Vaccination in Bombay 1913-1923 - 1913-1923
Year: 1913
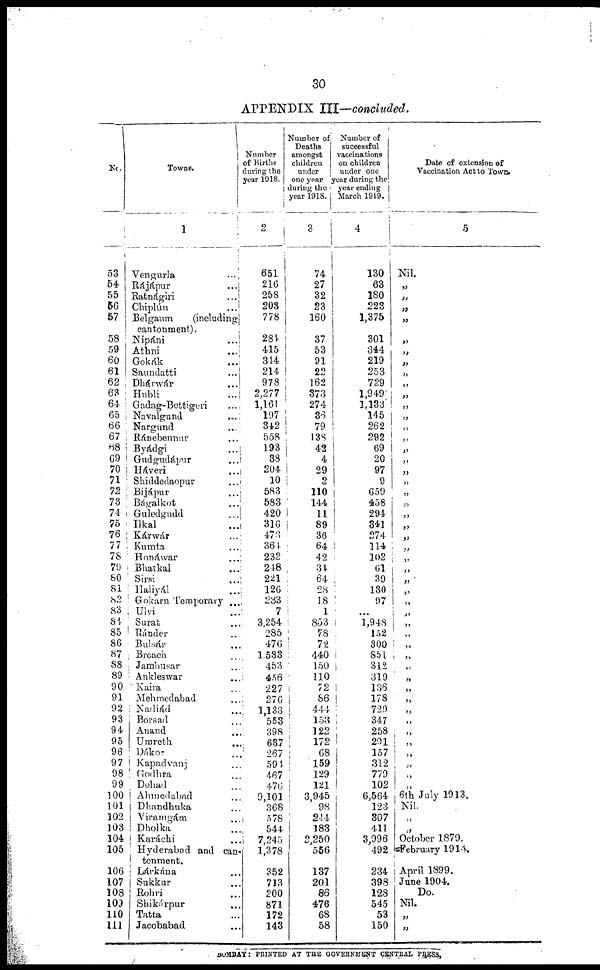
30
APPENDIX III—concluded.
No.
53
54
55
56
57
58
59
60
61
62
63
64
65
66
67
68
69
70
71
72
73
74
75
76
77
78
79
80
81
82
83
84
85
86
87
88
89
90
91
92
93
94
95
96
97
98
99
100
101
102
103
104
105
106
107
108
109
110
111
Towns.
1
Vengurla ...
Rájápur
...
Ratnágiri
...
Chiplún
...
Belgaum
(including
cantonment).
Nipáni ...
Athni
...
Gokák
...
Saundatti ...
Dhárwár ...
Hubli
...
Gadag-Bettigeri ...
Navalgund
...
Nargund ...
Ránebenur ...
Byádgi ...
Gudgudápur ...
Haveri ...
Shiddedaopur ...
Bijápur ...
Bágalkot ...
Guledgudd ...
Ilkal ...
Kárwár ...
Kumta ...
Honáwar ...
Bhatkal ...
Sirsi ...
Haliyál ...
Gokarn Temporary ...
Ulvi ...
Surat ...
Ránder ...
Bulsár ...
Broach ...
Jambusar
Ankleswar ...
Kaira ...
Mehmedabad ...
Nadiád ...
Borsad ...
Anand ...
Umreth ...
Dákor ...
Kapadvanj ...
Godhra ...
Dohad ...
Ahmedabad ...
Dhandhuka ...
Viramgám ...
Dholka ...
Karáchi ...
Hyderabad and can-
tonment.
Lárkána ...
Sukkur ...
Rohri ...
Shikárpur ...
Tatta ...
Jacobabad ...
Number
of Births
during the
year 1918.
2
651
216
258
203
778
284
415
344
214
978
2,277
1,161
197
342
558
193
38
204
10
583
583
420
316
473
361
232
248
221
126
233
7
3,254
285
476
1,533
453
456
227
276
1,133
553
398
637
267
591
467
476
9,101
368
578
544
7,245
1,378
352
713
200
871
172
143
Number of
Deaths
amongst
children
under
one year
during the
year 1918.
3
74 27
32
23
160
37
53
91
22
162
373
274
36
79
138
42
4
29
2
110
144
11
89
36
64
42
34
64
28
18
1
853
78
72
440
150
110
72
86
444
153
122
172
68
159
129
121
3,945
98
244
183
2,250
556
137
201
86
476
68
58
Number of
successful
vaccinations
on children
under one
year during the
year ending
March 1919.
4
130
63
180
223
1,375
301
344
219
253
729
1,949
1,133
145
262
292
69
20
97
9
659
458
294
341
274
114
102
61
39
130
97
...
1,948
152
300
851
312
319
136
178
729
347
258
291
157
312
779
102
6,564
123
307
411
3,996
492
234
398
128
545
53
150
Date of extension of
Vaccination Act to Town.
5
Nil.
„
„
„
„
„
„
„
„
„
„
„
„
„
„
„
„
„
„
„
„
„
„
„
„
„
„
„
„
„
„
„
„
„
„
„
„
„
„
„
„
„
„
„
„
„
„
6th July 1913.
Nil.
„
„
October 1879.
February 1914.
April 1899.
June 1904.
Do.
Nil.
„
„
BOMBAY: PRINTED AT THE GOVERNMENT CENTRAL PRESS.